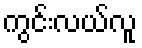
ကွင်းလယ်လူ